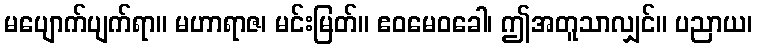
မပျောက်ပျက်ရာ။ မဟာရာဇ၊ မင်းမြတ်။ ဧဝမေဝခေါ၊ ဤအတူသာလျှင်။ ပညာယ၊